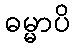
ဓမ္မာပိ